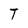
Character: T